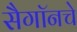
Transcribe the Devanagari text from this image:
सैगॉनचे